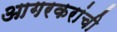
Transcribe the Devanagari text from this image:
आगरकरांची